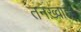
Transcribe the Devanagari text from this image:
तनख़्वाह